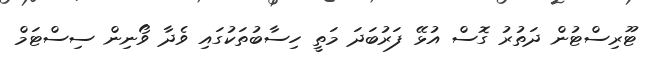
ޓޫރިސްޓުން ދަތުރު ގޮސް އުޅޭ ފަރުބަދަ މަތީ ހިސާބުތަކުގައި ވެދާ ވޯނިން ސިސްޓަމް